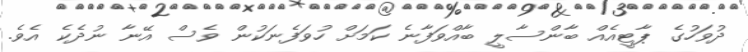
ދުވަހުގެ ޕާޓީއެއް ބާންސާލީ ބާއްވަފާނެ ކަމަށް ހުވަފެނަކުން ވެސް އޭނާ ނުދެކެ އެވެ.